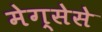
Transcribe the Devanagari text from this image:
मेग्सेसे